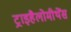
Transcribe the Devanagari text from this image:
ट्राइहैलोमीथेंस